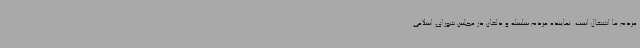
مردم ما اشتغال است. نماینده مردم سلسله و دلفان در مجلس شورای اسلامی